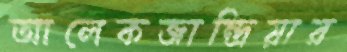
আলেকজান্দ্রিয়ার